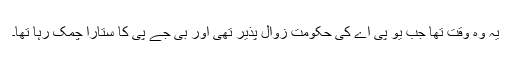
یہ وہ وقت تھا جب یو پی اے کی حکومت زوال پذیر تھی اور بی جے پی کا ستارا چمک رہا تھا۔